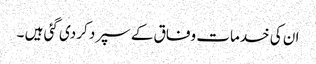
ان کی خدمات وفاق کے سپرد کردی گئی ہیں ۔